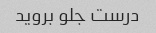
درست جلو بروید